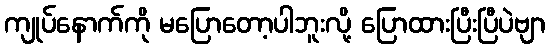
ကျုပ်နောက်ကို မပြောတော့ပါဘူးလို့ ပြောထားပြီးပြီပဲဗျာ